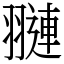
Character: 翴